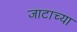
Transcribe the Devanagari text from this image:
जाटाच्या